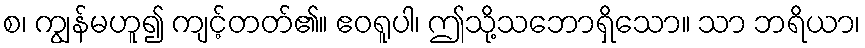
စ၊ ကျွန်မဟူ၍ ကျင့်တတ်၏။ ဧဝရူပါ၊ ဤသို့သဘောရှိသော။ သာ ဘရိယာ၊